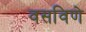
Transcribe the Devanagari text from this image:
वसविणे